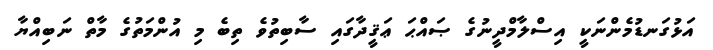
އަޅުގަނޑުމެންނަކީ އިސްލާމްދީނުގެ ޞައްޙަ ޢަޤީދާގައި ސާބިތުވެ ތިބެ މި އުންމަތުގެ މާތް ނަބިއްޔާ